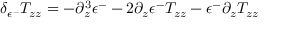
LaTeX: \delta _ { \epsilon ^ { - } } T _ { z z } = - \partial _ { z } ^ { 3 } \epsilon ^ { - } - 2 \partial _ { z } \epsilon ^ { - } T _ { z z } - \epsilon ^ { - } \partial _ { z } T _ { z z }